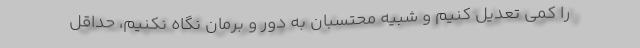
را کمی تعدیل کنیم و شبیه محتسبان به دور و برمان نگاه نکنیم، حداقل